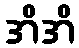
အိအိ